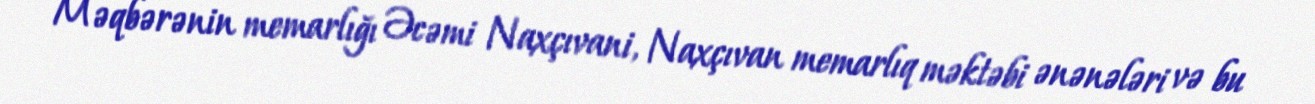
Məqbərənin memarlığı Əcəmi Naxçıvani, Naxçıvan memarlıq məktəbi ənənələri və bu